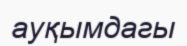
ауқымдагы